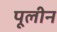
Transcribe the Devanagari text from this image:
पूलीन